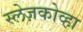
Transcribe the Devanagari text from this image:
स्लेज़कोव्हा